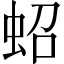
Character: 蛁